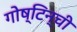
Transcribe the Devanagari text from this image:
गोष्टिन्ची